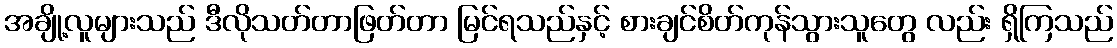
အချို့လူများသည် ဒီလိုသတ်တာဖြတ်တာ မြင်ရသည်နှင့် စားချင်စိတ်ကုန်သွားသူတွေ လည်း ရှိကြသည်